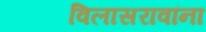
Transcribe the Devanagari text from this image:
विलासरावांना